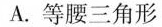
A.等腰三角形